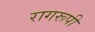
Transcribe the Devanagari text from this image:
रागरूपी